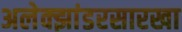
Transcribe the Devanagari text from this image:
अलेक्झांडरसारखा